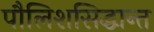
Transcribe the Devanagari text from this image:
पौलिशसिद्धान्त